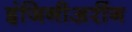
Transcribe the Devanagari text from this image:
इंजिनीअरींग